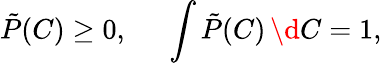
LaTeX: \tilde{P}(C)\ge 0,~~~~~\int\tilde{P}(C)\, \d C=1,